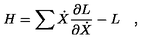
H = \sum \dot { X } \frac { \partial L } { \partial \dot { X } } - L \quad ,